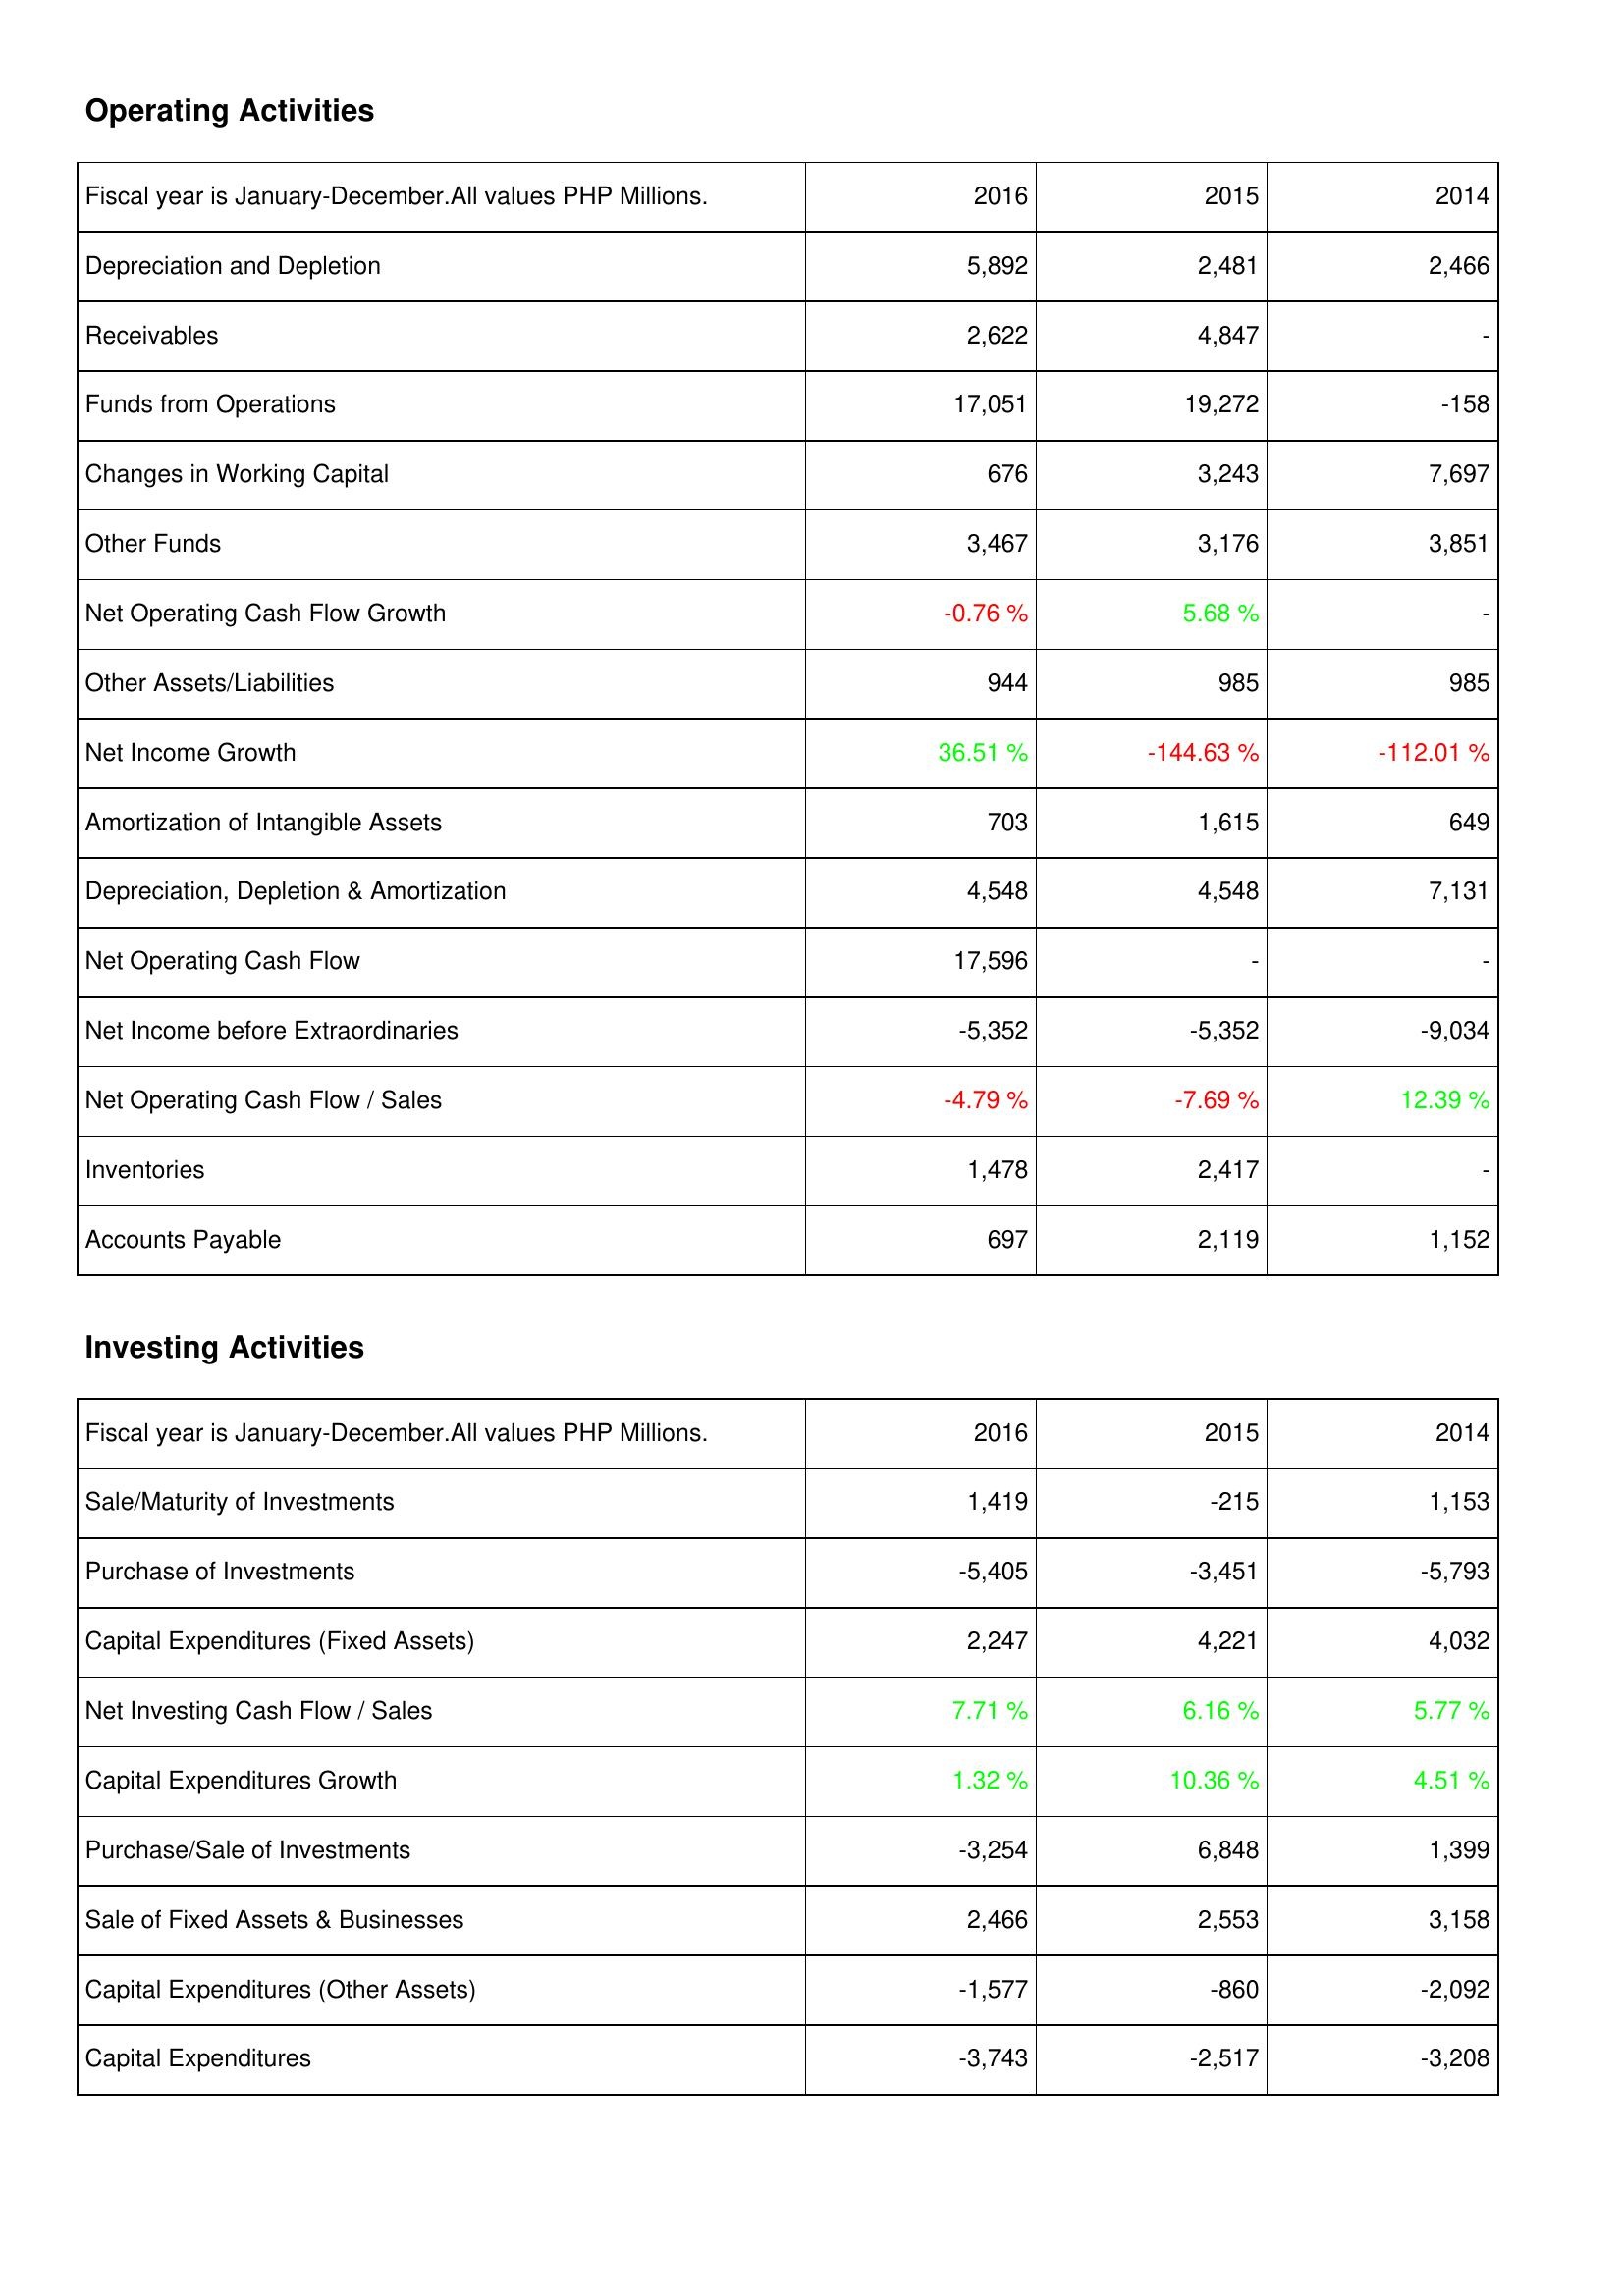
2016: Operating Activities: Depreciation and Depletion: 5,892
Receivables: 2,622
Funds from Operations: 17,051
Changes in Working Capital: 676
Other Funds: 3,467
Net Operating Cash Flow Growth: -0.76 %
Other Assets/Liabilities: 944
Net Income Growth: 36.51 %
Amortization of Intangible Assets: 703
Depreciation, Depletion & Amortization: 4,548
Net Operating Cash Flow: 17,596
Net Income before Extraordinaries: -5,352
Net Operating Cash Flow / Sales: -4.79 %
Inventories: 1,478
Accounts Payable: 697
Investing Activities: Sale/Maturity of Investments: 1,419
Purchase of Investments: -5,405
Capital Expenditures (Fixed Assets): 2,247
Net Investing Cash Flow / Sales: 7.71 %
Capital Expenditures Growth: 1.32 %
Purchase/Sale of Investments: -3,254
Sale of Fixed Assets & Businesses: 2,466
Capital Expenditures (Other Assets): -1,577
Capital Expenditures: -3,743
2015: Operating Activities: Depreciation and Depletion: 2,481
Receivables: 4,847
Funds from Operations: 19,272
Changes in Working Capital: 3,243
Other Funds: 3,176
Net Operating Cash Flow Growth: 5.68 %
Other Assets/Liabilities: 985
Net Income Growth: -144.63 %
Amortization of Intangible Assets: 1,615
Depreciation, Depletion & Amortization: 4,548
Net Operating Cash Flow: -
Net Income before Extraordinaries: -5,352
Net Operating Cash Flow / Sales: -7.69 %
Inventories: 2,417
Accounts Payable: 2,119
Investing Activities: Sale/Maturity of Investments: -215
Purchase of Investments: -3,451
Capital Expenditures (Fixed Assets): 4,221
Net Investing Cash Flow / Sales: 6.16 %
Capital Expenditures Growth: 10.36 %
Purchase/Sale of Investments: 6,848
Sale of Fixed Assets & Businesses: 2,553
Capital Expenditures (Other Assets): -860
Capital Expenditures: -2,517
2014: Operating Activities: Depreciation and Depletion: 2,466
Receivables: -
Funds from Operations: -158
Changes in Working Capital: 7,697
Other Funds: 3,851
Net Operating Cash Flow Growth: -
Other Assets/Liabilities: 985
Net Income Growth: -112.01 %
Amortization of Intangible Assets: 649
Depreciation, Depletion & Amortization: 7,131
Net Operating Cash Flow: -
Net Income before Extraordinaries: -9,034
Net Operating Cash Flow / Sales: 12.39 %
Inventories: -
Accounts Payable: 1,152
Investing Activities: Sale/Maturity of Investments: 1,153
Purchase of Investments: -5,793
Capital Expenditures (Fixed Assets): 4,032
Net Investing Cash Flow / Sales: 5.77 %
Capital Expenditures Growth: 4.51 %
Purchase/Sale of Investments: 1,399
Sale of Fixed Assets & Businesses: 3,158
Capital Expenditures (Other Assets): -2,092
Capital Expenditures: -3,208